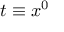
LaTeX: t \equiv x ^ { 0 }